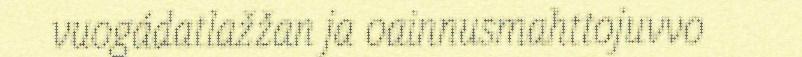
vuogádatlažžan ja oainnusmahttojuvvo